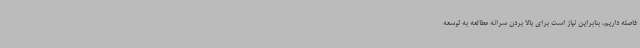
فاصله داریم، بنابراین نیاز است برای بالا بردن سرانه مطالعه به توسعه